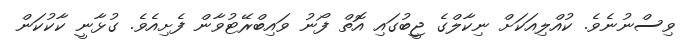
ވިސްނުނެވެ. ކުއްލިއަކަށް ނިކާލްގެ ޖީބުގައި އޮތް ފޯނު ވައިބްރޭޓުވާން ފެށިއެވެ. ގުޅާނީ ކާކުކަން